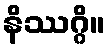
နိဿဂ္ဂိ။